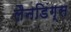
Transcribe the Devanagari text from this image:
लैनडिंग्स